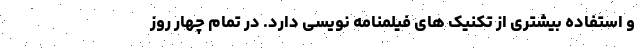
و استفاده بیشتری از تکنیک های فیلمنامه نویسی دارد. در تمام چهار روز